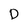
Character: D